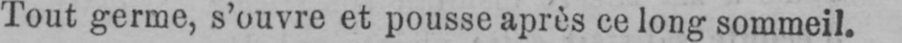
Tout germe, s’ouvre et pousse après ce long sommeil.